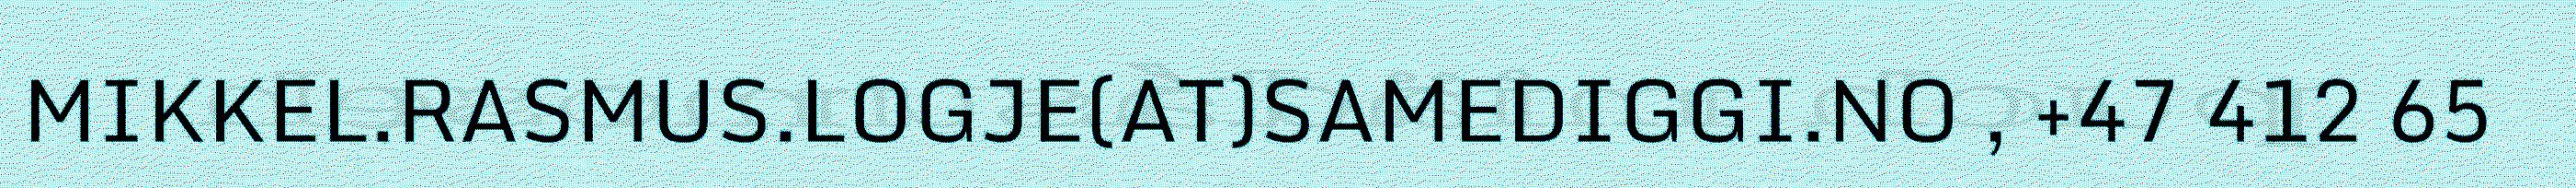
MIKKEL.RASMUS.LOGJE(AT)SAMEDIGGI.NO , +47 412 65